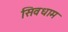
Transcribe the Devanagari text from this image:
सिवधाम